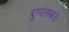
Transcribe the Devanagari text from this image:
दुष्यंताकडे